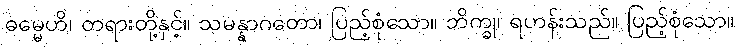
ဓမ္မေဟိ၊ တရားတို့နှင့်။ သမန္နာဂတော၊ ပြည့်စုံသော။ ဘိက္ခု၊ ရဟန်းသည်။ ပြည့်စုံသော။